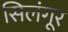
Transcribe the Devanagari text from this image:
सिलंगूर